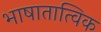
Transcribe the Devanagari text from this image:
भाषातात्विक